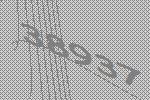
38937